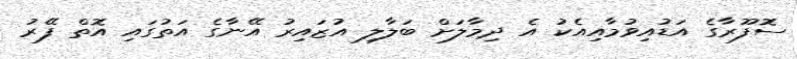
ސޮފޫރާގެ އަޑުއިވުމާއިއެކު އެ ދިމާލަށް ބަލާލި އުޒައިރު އޭނާގެ އަތުގައި އޮތް ފޭރު